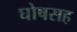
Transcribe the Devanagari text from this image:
घोषसह